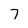
Character: 7